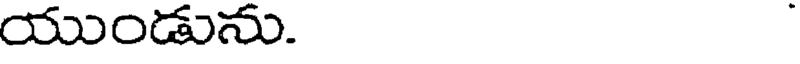
యుండును.